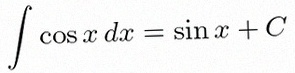
\int \cos x\,dx=\sin x+C